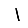
Digit: 1